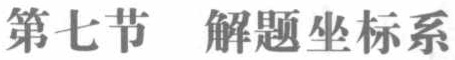
第七节  解题坐标系